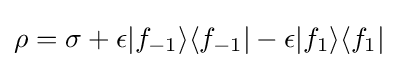
\rho =\sigma +\epsilon |f_{-1}\rangle \langle f_{-1}|-\epsilon |f_{1}\rangle \langle f_{1}|